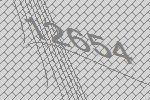
12654